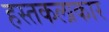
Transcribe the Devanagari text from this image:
हस्तकलाकार